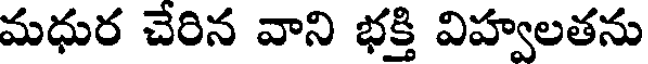
మధుర చేరిన వాని భక్తి విహ్వలతను